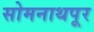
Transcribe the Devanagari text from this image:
सोमनाथपूर